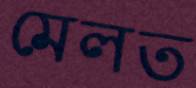
মেলত